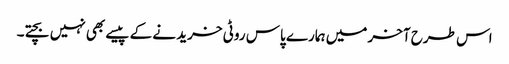
اس طرح آخر میں ہمارے پاس روٹی خرید نے کے پیسے بھی نہیں بچتے۔